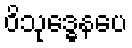
ဝိသုဒ္ဓေနပေ